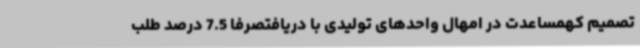
تصمیم کهمساعدت در امهال واحدهای تولیدی با دریافتصرفاً 7.5 درصد طلب